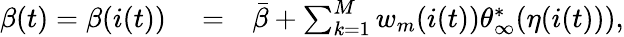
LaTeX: \begin{array}{rlr}{\beta(t)=\beta(i(t))}&{{}=}&{\bar{\beta}+\sum_{k=1}^{M}w_{m}(i(t)){\theta}_{\infty}^{*}(\eta(i(t))),}\end{array}